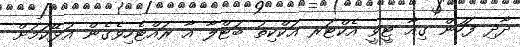
ދާދި ފަހުން ގިއާ ޓީވީ އެކްޓަރ އަކްކިތު ބަޓްލާ އާ ރައްޓެހިވެގެން އުޅޭކަމަށް